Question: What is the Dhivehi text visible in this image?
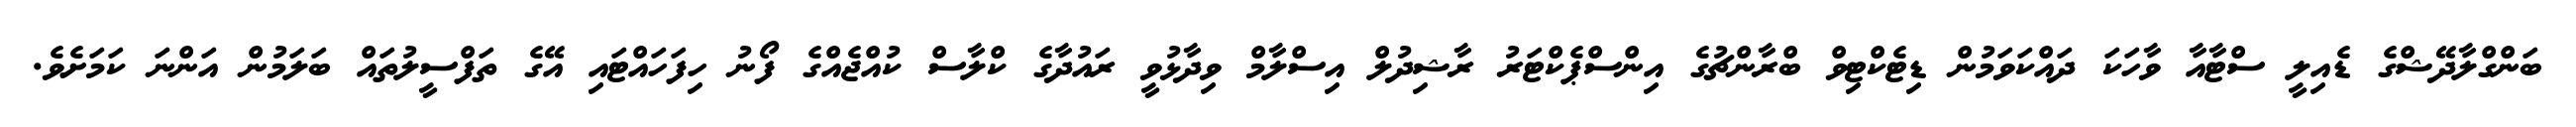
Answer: ބަންގްލާދޭޝްގެ ޑެއިލީ ސްޓާއާ ވާހަކަ ދައްކަވަމުން ޑިޓެކްޓިވް ބްރާންޗުގެ އިންސްޕެކްޓަރު ރާޝިދުލް އިސްލާމް ވިދާޅުވީ ރައުދާގެ ކްލާސް ކުއްޖެއްގެ ފޯނު ހިފަހައްޓައި އޭގެ ތަފްސީލުތައް ބަލަމުން އަންނަ ކަމަށެވެ.